Leaving Certificate Examination, 1908
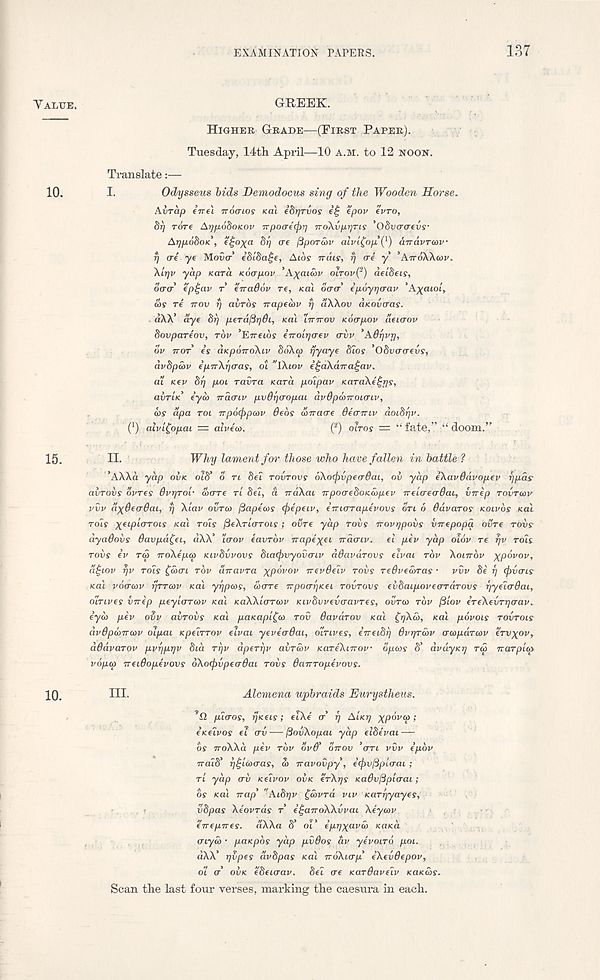
EXAMINATION PAPERS.
137
VALUE.
GREEK.
HIGHER GRADE—(FIRST PAPER).
Tuesday, 14th April—10 A.M. to 12 NOON.
Translate:—
10.
I.
Odysseus bids Demodocus sing of the Wooden Horse.
Avrap enfi TTOOIOS feat idrjrvos
tpov evro,
Si) rore Aypobokiov Trpo<re<pr] noXvprjTis 'Obvcroevs-
ArjpoboK', i'ijoxa §i) (re fiporwv alvifopQ) andvrav
fj ere ye Movo-’ edlba^e, Albs Tran, f) ere y ’ATTOXAGU'.
Ai-qv yap Kara noopov ’Ahadov OITOV( 2 ) deldeis,
oao 2 epf-av T eiradov re, sal (xrcr epoyyaav ’Amatol,
cos re TTOV r) avrbs irapemv rj dXAov aKoinras.
dAX’ aye Si) perdfiyOi, Kal (Trrrov Koapov aenrov
bovpareov, rdv ’Errftos eiroir/aev ervv 'Adrjvrj,
ov TTOT is aKpoiroXiv SoXo) rjyaye bios ’Obvrrerevs,
dvbpwv ipTrXyaas, ot "iXiov ei-dXdnagav.
ai <ev Si) pot ravra Kara pdipav KaraXi^r/s,
avriK eya> rracriv pvdT)(ropai ardpanroicnv,
cos dpa roi irpdcfipoov deos ionao-e OeaTTiv doibriv.
C) alvi^opai = alveco.
( 2 ) OLTOS = “ fate,” “ doom.”
15.
II.
Why lament for those who have fallen in battle ?
’AXXa yap OVK old' o n 8el rovrovs 6Xo<pvpe(rSai, oil yap eXavBdvopev r/pas
avrovs ovres Bvyro'c ware rl Set, a ndXai npoaebosaipev irelaeadai, vnep TOVTWV
vvv d^deadai, f) Xlav ovra> ftapecos (fiipeiv, e-moTapevovs on 6 Odvaros KOLVOS KOI
rots xeiplarois ical rots ^eXrlarois; ovre yap rods irovtjpovs inepopg ovre rods
dyaOods 6avpd£ei, dXX’ taov eavrdv napexei naaiv. el pev yap olov re rjv rots
rods ev rw noXipw nwbvvovs biarfovyovoiv ddavdrovs elvai rdv XOITTOV xpovov,
a£wv yv rots £5HTI TOV airavra xpovov irevdeiv rods reOvewras • vvv be fj (fovais
Kal vdacov fjrrcov sal yfjpws, wore irpoof/Kei rovrovs edbaipoveardrovs fjyelodai,
oinves drip peylorwv sal KaXXiorwv Kivbvvevoavres, ovrw rdv filov ereXevrrjoav.
eyw pev odv avrods sal pasapl^w rod davbrov sal £rjXw, sal povois rovrois
dvOpwTrwv olpai Kpelrrov eivai yeveoOai, oinves, irreibrj Bvyrwv owpdrwv ervx°vt
dSdvarov pvfjpyv bid rfjv dperyv abrwv KareXnrov opws S’ dvdyKij rw rrarplep
vopa reidopevovs dXoipvpeodai rods Oarrropevovs.
10.
HI-
Alcmena upbraids Eurystheus.
pioos, rjneis; elXe o’ fj AIK 17 xP^vw;
eKeivos ei ov-—fiovXopai yap elbevai —
os iroXXa pev rdv ovd’ Sirov ’on vvv epdv
iraib’ fj^lwoas, 60 iravovpy, iejovftploai ;
rl yap od Kelvov OVK erXys Kadvfiploai;
os Kal rap’ "Aibr/v £wvrd viv Karrjyayes,
vbpas Xe'ovrds r ei-airoXXvvai Xeywv
eirepires. aXXa S’ ot’ epi)X av S> KOKU
oiyw • paKpbs yap pvdos &v yevoird poi.
dXX’ yvpes avbpas Kal irdXiop’ eXevdepov,
01 o’ OSK ebeioav. bel oe Kardaveiv KOKWS.
Scan the last four verses, marking the caesura in each.